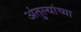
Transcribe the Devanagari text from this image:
अंतुल्यांच्या